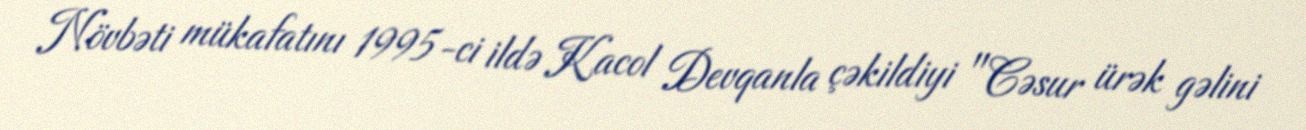
Növbəti mükafatını 1995-ci ildə Kacol Devqanla çəkildiyi "Cəsur ürək gəlini